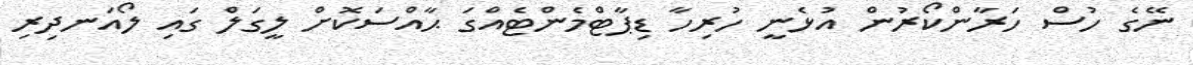
ނޭގެ ހުސް ހަރާންކޯރުން އުޅެނީ ހުރިހާ ޑިޕާޓްމެންޓެއްގަ ޙާއްސަކޮށް ލީގަލް ގައި ލޯއަނދިރި